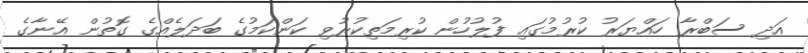
އަދި ސަބްރާ ހައްޔަރު ކުރުމުގައި ފުލުހުން ކުރިމަތިކުރުވި ކަންކަމުގެ ބަދަލެއްގެ ގޮތުން އޭނާގެ